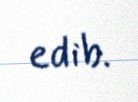
edib.